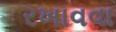
રખાવવા